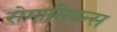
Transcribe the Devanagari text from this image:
रोमानियन्स